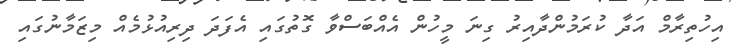
އިހުތިރާމް އަދާ ކުރަމުންދާއިރު ގިނަ މީހުން އެއްބަސްވާ ގޮތުގައި އެފަދަ ދިރިއުޅުމެއް މިޒަމާނުގައި